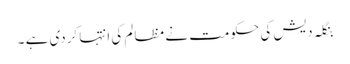
بنگلہ دیش کی حکومت نے مظالم کی انتہا کردی ہے ۔